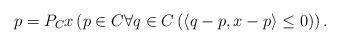
LaTeX: \begin{align*}p=P_Cx\left(p\in C\forall q\in C\left(\langle q-p,x-p\rangle\leq 0\right)\right).\end{align*}